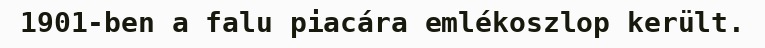
1901-ben a falu piacára emlékoszlop került.